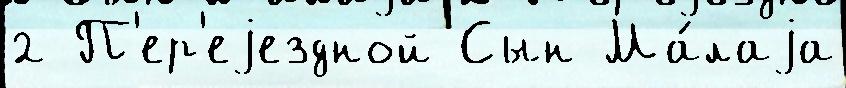
2 П'ер'еjездной Сын Ма́лаjа